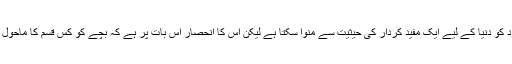
وہ مستقبل میں خود کو دنیا کے لیے ایک مفید کردار کی حیثیت سے منوا سکتا ہے لیکن اس کا انحصار اس بات پر ہے کہ بچے کو کس قسم کا ماحول فراہم کیا جاتا ہے۔